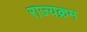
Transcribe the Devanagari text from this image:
राज्यक्रम